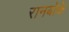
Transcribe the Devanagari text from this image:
रानबोके